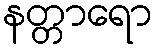
နတ္တာရော